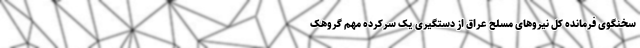
سخنگوی فرمانده کل نیروهای مسلح عراق از دستگیری یک سرکرده مهم گروهک